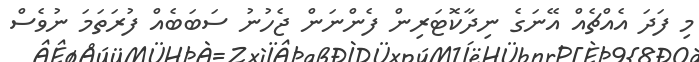
މި ފަދަ އެއްޗެއް އޭނަގެ ނިދާކޮޓަރިން ފެންނަން ޖެހުނު ސަބަބެއް ފުރަތަމަ ނުވެސް